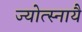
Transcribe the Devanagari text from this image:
ज्योत्स्नायै